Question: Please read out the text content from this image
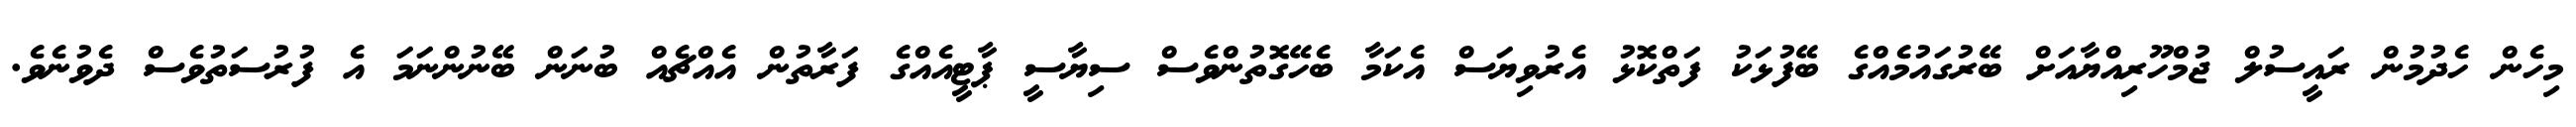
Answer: މިހެން ހެދުމުން ރައީސުލް ޖުމްހޫރިއްޔާއަށް ބޭރުގައުމެއްގެ ބޭފުޅަކު ފަތްކޮޅު އެރުވިޔަސް އެކަމާ ބެހޭގޮތުންވެސް ސިޔާސީ ޕާޓީއެއްގެ ފަރާތުން އެއްޗެއް ބުނަން ބޭނުންނަމަ އެ ފުރުސަތުވެސް ދެވުނެވެ.